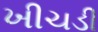
ખીચડી